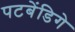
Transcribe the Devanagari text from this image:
पटबेंडिगे